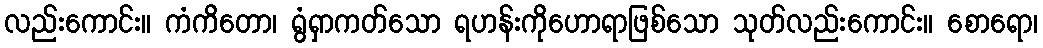
လည်းကောင်း။ ကံကိတော၊ ရွံရှာကတ်သော ရဟန်းကိုဟောရာဖြစ်သော သုတ်လည်းကောင်း။ စောရော၊